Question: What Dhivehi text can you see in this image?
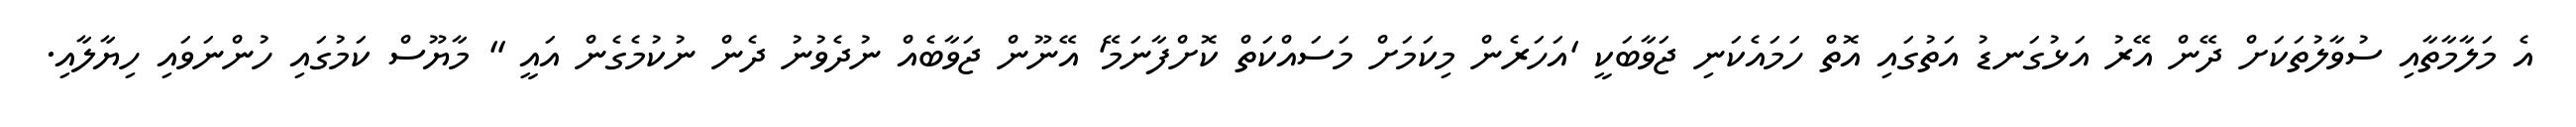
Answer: އެ މަލާމާތާއި ސުވާލުތަކަށް ދޭން އޭރު އަޅުގަނޑު އަތުގައި އޮތް ހަމައެކަނި ޖަވާބަކީ 'އަހަރެން މިކަމަށް މަސައްކަތް ކޮށްފާނަމޭ' އޭނޫން ޖަވާބެއް ނުދެވުނު ދެން ނުކުމެގެން އައީ " މާޔޫސް ކަމުގައި ހުންނަވައި ހިޔާލާއި.